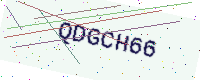
Text: QDGCH66